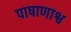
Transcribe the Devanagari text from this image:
पाषाणाश्व